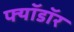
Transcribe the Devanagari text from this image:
फ्यॉडॉर